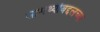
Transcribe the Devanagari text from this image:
सामर्थ्याबद्दलच्या